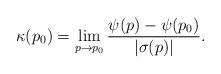
LaTeX: \begin{align*}\kappa(p_0)=\lim_{p\rightarrow p_0}\frac{\psi(p)-\psi(p_0)}{|\sigma(p)|}.\end{align*}